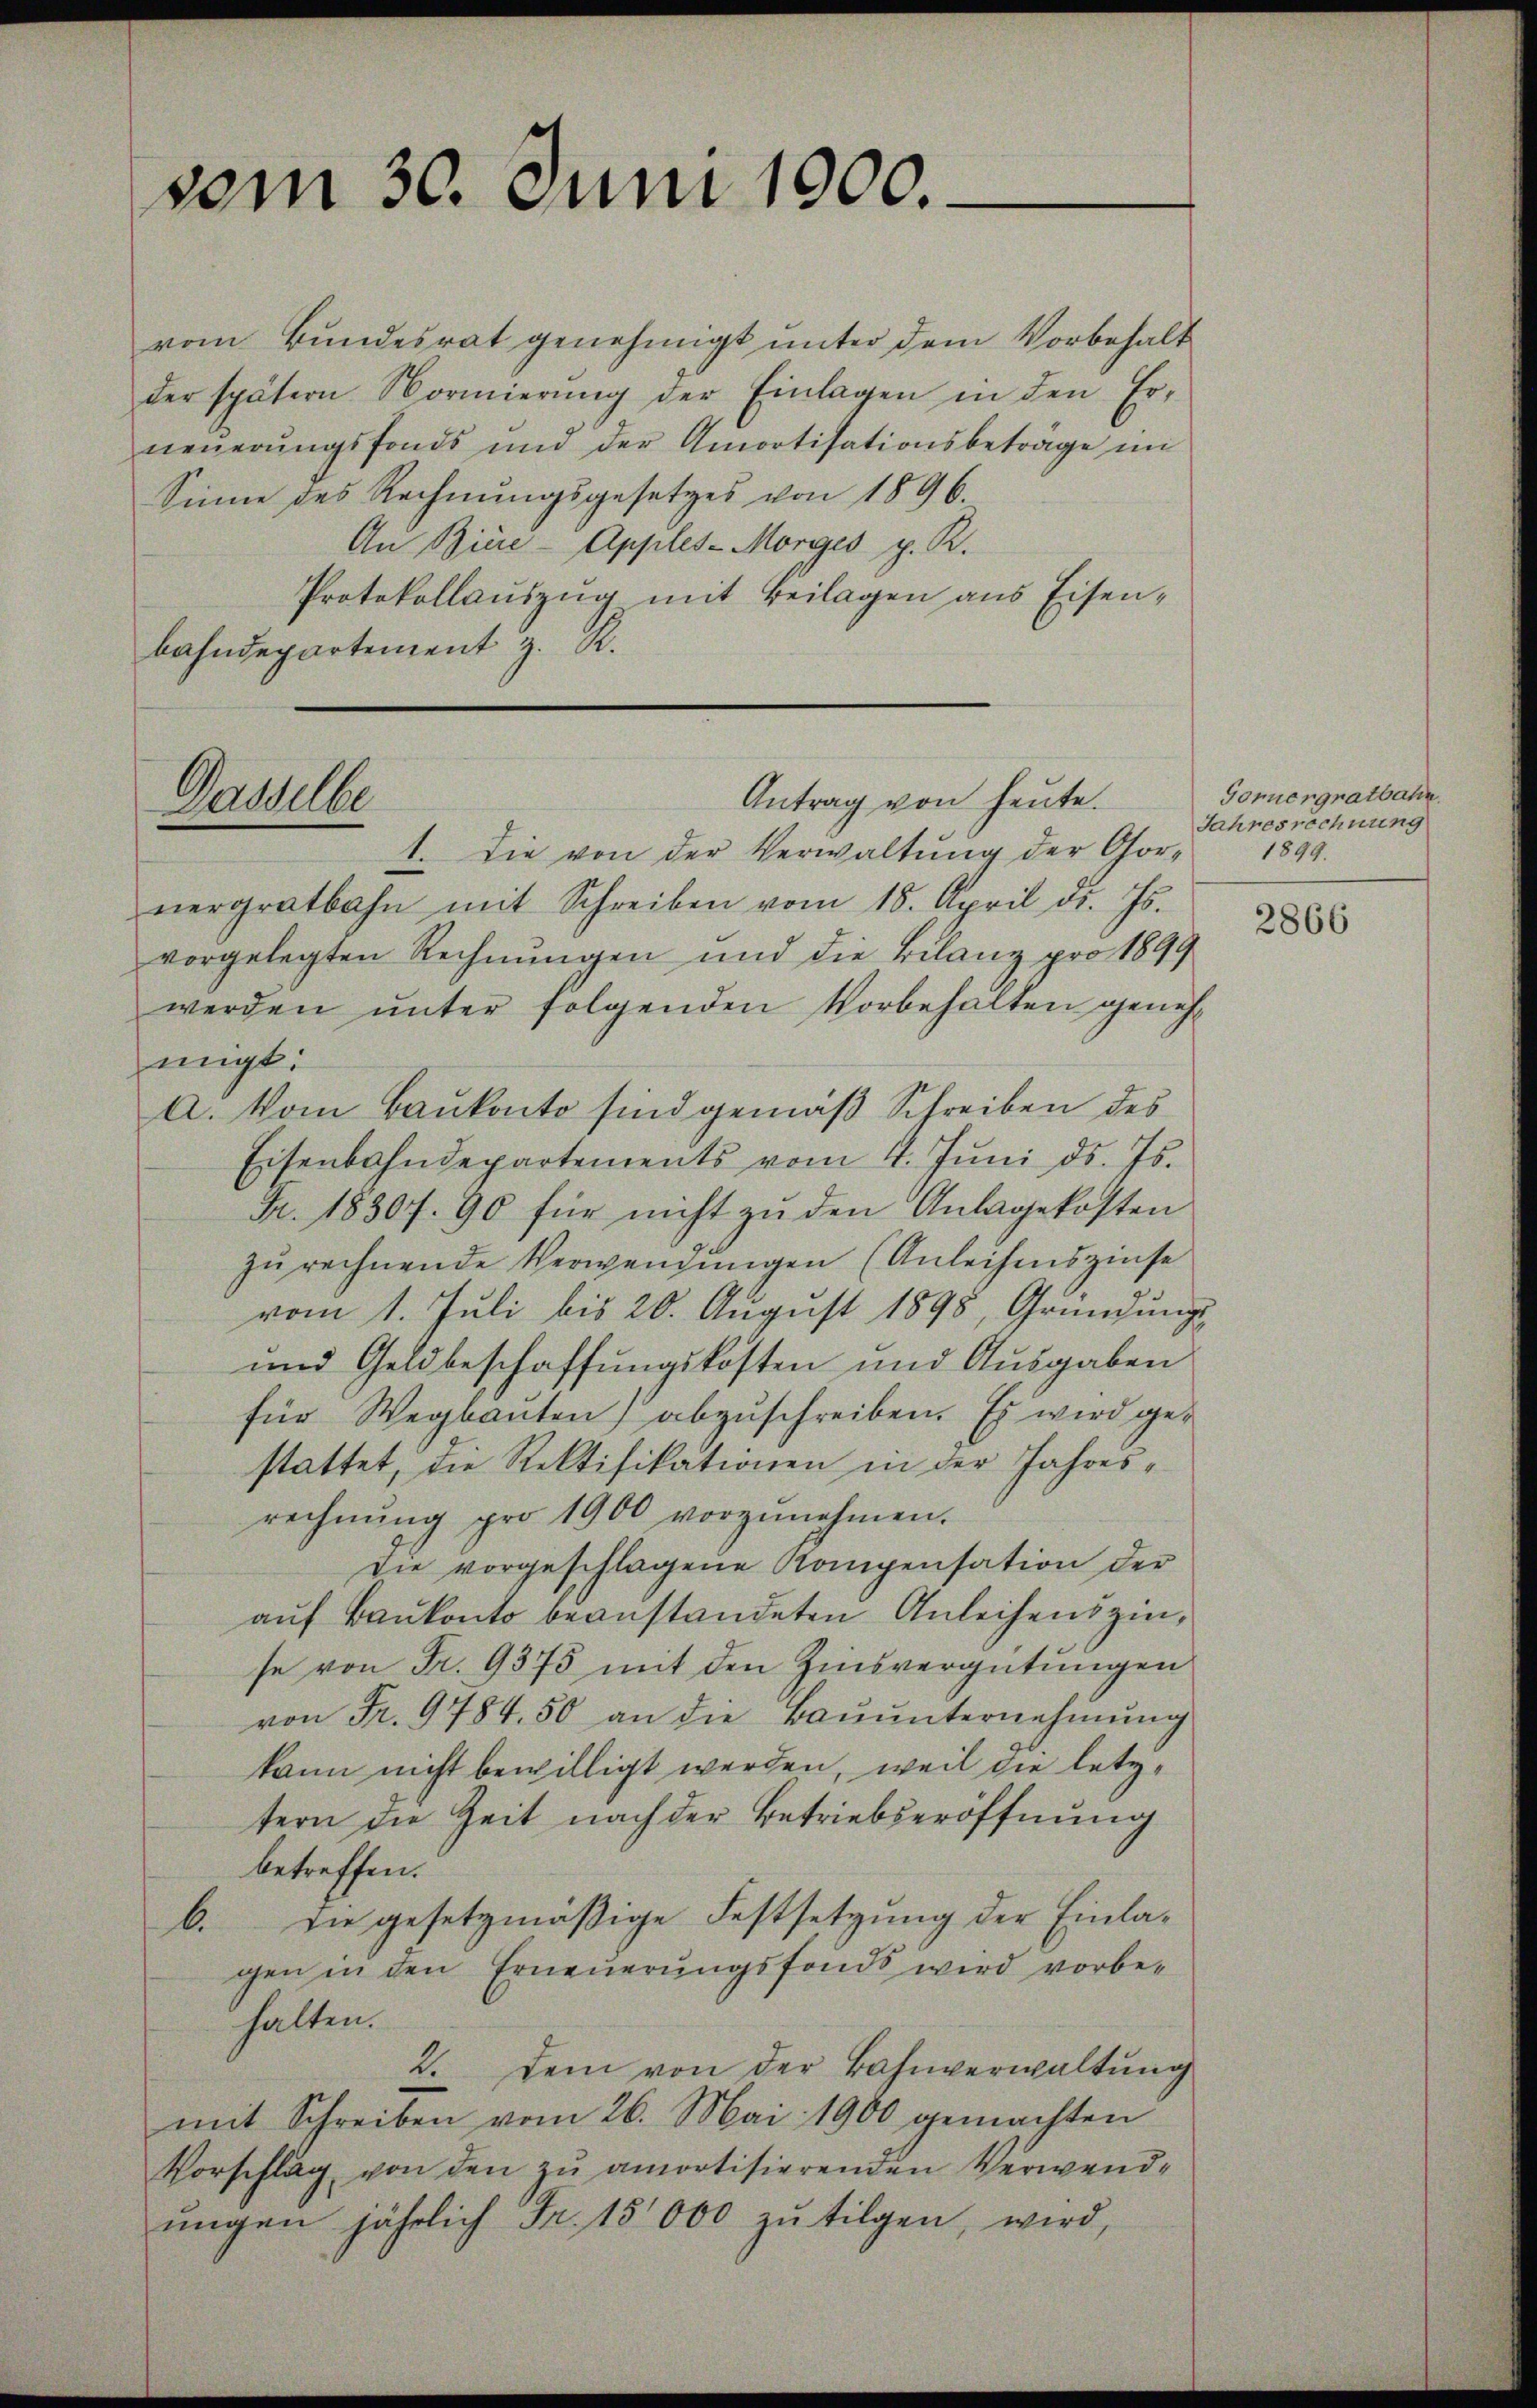
vom 30. Juni 1900.

vom Bundesrat genehmigt unter dem Vorbehalt
der spätern Normierŭng der Einlagen in den Er-
neŭerŭngsfonds und der Amortisationsbetrage in
Sinne des Rechnungsgesetzes von 1896.
An Biere-Apples-Morges p. K.
Protokollauszug mit Beilagen aus Eisenbahndepartement z. R.

Dasselbe

Antrag von heute.

1. Die von der Verwaltŭng der Gor- 1899.
nergratbahn mit Schreiben vom 15. April d. Js.
vorgelegten Rechnŭngen und die Bilanz pro 1899
werden ŭnter folgenden Vorbehalten geneh-
migt.
A. Vom Baukonto sind gemäß Schreiben des
Eisenbahndepartements vom 4. Jŭni d. Js.
Fr. 1830. 90 für nicht zŭ den Anlagekosten
zu rechnende Verwendungen (Anleihenszinse
vom 1. Juli bis 20. August 1898, Gründungs
und Geldbeschaffungskosten und Ausgaben
für Wegbaŭten) abzuschreiben. Es wird gestattet, die Rektifikationen in der Jahresrechnŭng pro 1900 vorzŭnehmen.
Die vorgeschlagene Kompensation der
auf Bankonto beanstandeten Anleihenszinse von Fr. 9375 mit den Zinsvergütungen
von Fr. 9784. 50 an die Baŭŭnternehmŭng
kann nicht bewilligt werden, weil die letztern die Zeit nach der Betriebseröffnung
betreffen.
b. Die gesetzmäßige Festsetzung der Einlagen in den Erneuerungsfonds wird vorbehalten.
2. Dem von der Bahnverwaltung
mit Schreiben vom 26. Mai 1900 gemachten
Vorschlag von den zu amortisierenden Verwendŭngen jährlich Fr. 15,000 zŭ tilgen, wird,

Gonnergratbahn.
Jahresrechnung

2866